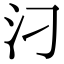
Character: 汈